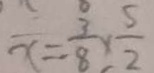
x = \frac { 3 } { 8 } \times \frac { 5 } { 2 }